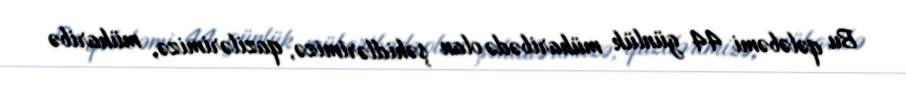
Bu qələbəmi 44 günlük müharibədə olan şəhidlərimizə, qazilərimizə, müharibə